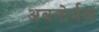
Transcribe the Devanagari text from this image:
अबनोर्मल